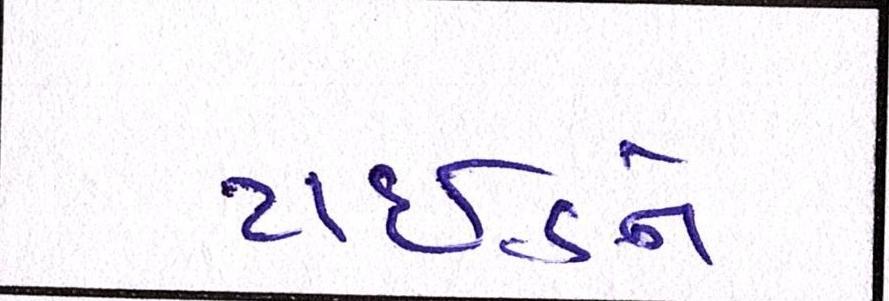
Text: ટાઈડને